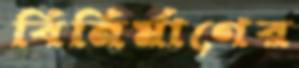
বিনির্মাণের